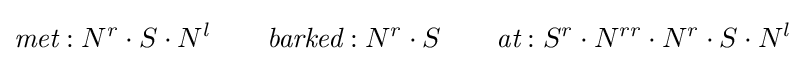
{\textit {met}}:N^{r}\cdot S\cdot N^{l}\qquad {\textit {barked}}:N^{r}\cdot S\qquad {\textit {at}}:S^{r}\cdot N^{rr}\cdot N^{r}\cdot S\cdot N^{l}